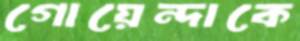
গোয়েন্দাকে